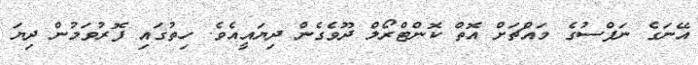
އޭނަގެ ނަފްސުގެ މައްޗަށް އޮތް ކޮންޓްރޯލް ދޫވެގެން ދިޔައީއެވެ. ހިތުގައި ފޮރުވަމުން ދިޔަ